Vital statistics of India. Vol. VI, European troops 1870-79
Year: 1870
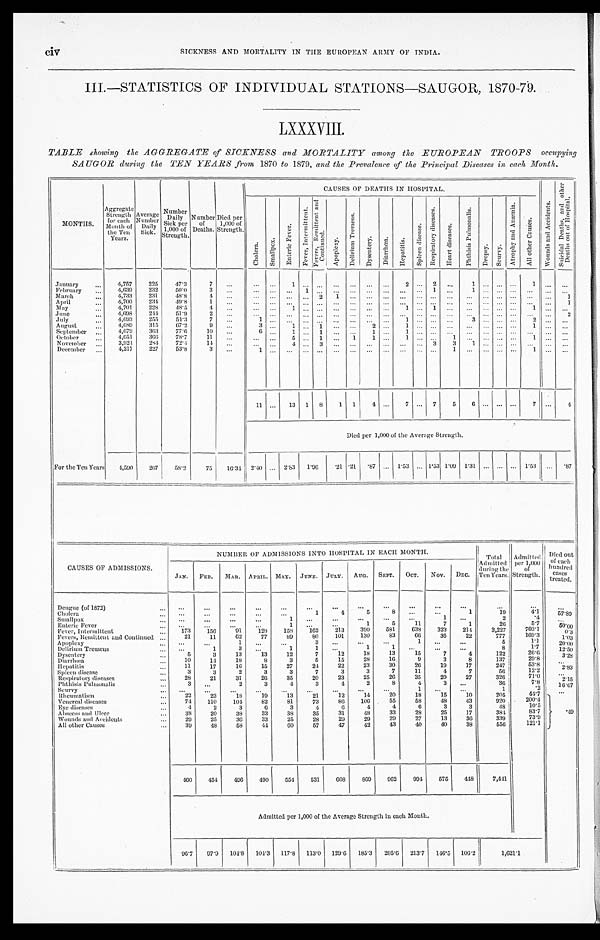
civ
SICKNESS AND MORTALITY IN THE EUROPEAN ARMY OF INDIA.
III.—STATISTICS OF INDIVIDUAL STATIONS—SAUGOR, 1870-79.
LXXXVIII.
TABLE showing the AGGREGATE of SICKNESS and MORTALITY among the EUROPEAN TROOPS occupying
SAUGOR during the TEN YEARS from 1870 to 1879, and the Prevalence of the Principal Diseases in each Month.
MONTHS.
Aggregate Strength for each
Month of
the Ten
Years.
Average Number Daily
Sick.
Number Daily
Sick per
1 0 0 0 o f S t r e n g t h .
Number of
Deaths.
Died per
1,000 of
Strength.
CAUSES OF DEATHS IN HOSPITAL.
W o u n d s a n d A c c i d e n t s .
S u i c i d a l D e a t h s , a n d o t h e r D e a t h s o u t o f H o s p i t a l .
C h o l e r a .
S m a l l p o x .
E n t e r i c F e v e r .
F e v e r , I n t e r m i t t e n t .
F e v e r s , R e m i t t e n t a n d C o n t i n u e d .
A p o p l e x y .
D e l i r i u m T r e m e n s .
D y s e n t e r y . D i a r r h œ a .
H e p a t i t i s .
S p l e e n d i s e a s e .
R e s p i r a t o r y d i s e a s e s .
H e a r t d i s e a s e s .
P h t h i s i s P u l m o n a l i s .
D r o p s y .
S c u r v y .
A t r o p h y a n d A n æ m i a .
A l l o t h e r C a u s e s .
January
4,757 225 47.3
7
1
2 2
1
1
February
4,639 232 50.0
3
1
1
1
March 4,733 231 48.8
4
2
1
1
April
4,700 234 49.8
1
1
M a y
4,701 228 48.5
4
1
1 1
1
June
4,698 244 51.9
2
2
July
4,693 255 54.3
7
1
3
2
August
4,689 315 67.2
9
3
1
1
2
1
1
September
4,679 363 77.6 10
6
1
1
1
1
October
4,651 366 78.7
11
5
1
1 1
1
1
1
November
3,924 284 72.4 14
4
3
3
3 1
December
4,217 227 53.8
3
1
1
1
11
13 1 8 1 1 4
7
7 5 6
7
4
Died per 1,000 of the Average Strength.
For the Ten Years 4,590 267 58.2 75 16.34 2.40
2.83 1.96
. 21 .21 . 87
1.53
1.53 1.09 1.31
1.53
.87
CAUSES OF ADMISSIONS.
N U M B E R O F A D M I S S I O N S I N T O H O S P I T A L I N E A C H M O N T H .
T o t a l A d mi t t e d d u r i n g t h e
T e n Y e a r s .
Admit
ted per 1,000
of
Strength.
Died out
of each
hundred
cases treated.
JAN. FEB. MAR. APRIL. MAY. JUNE. JULY. AUG. SEPT. OCT. NOV. DEC.
Dengue (of 1872)
C h o l e r a
1
4
5
8
1
19
4 . 1 57. 89
Smallpox
1
1
2
. 4
Enteric Fever
1
1
5
1 1 7
1
2 6
5 . 7
5 0 . 0 0
Fever, Intermittent
173 156
91
1 2 8 158
1 6 2
2 1 3
3 9 0 5 8 1
638
3 2 3
2 1 4
3 , 2 2 7 703.1
0. 3
Fevers, Remittent and Continued
21
11 62
77
89
80 101 130
8 3
6 6 35
22
7 7 7
169. 3
1. 03
Apoplexy
1
3
1
5
l.1 20. 00
Delirium Tremens
1
3
1
1
1
1
8
1 . 7
1 2 . 5 0
Dysentery
5
3
13
13
12
7
12
18
1 3
1 5
7
4 122
26.6
3 . 2 8
Diarrhœa
10
14
18
8
3
5
15
2 8
1 6
9
3
8
1 3 7
2 9 . 8
Hepatitis
11
17
16 15
27
24
2 2
2 3
3 0
2 6
1 9
1 7
2 4 7
5 3 . 8
2. 83
Spleen disease
3
3
2
3
3
7
3
3
7
1 1
4
7
5 6
1 2 . 2
Respiratory diseases
2 8 21
31
26 35
20
23
25
2 6
3 5
2 9
2 7 326
7 1 . 0
2. 15
Phthisis Pulmonalis
3
2
3
4
3
4
2
8
4
3
3 6
7 . 8
1 6 . 6 7
Scurvy
1
1
. 2
Rheumatism
22
23
18
19
13
21
12
14
2 0
18
1 5
1 0
2 0 5
4 4 . 7
.49
Venereal diseases
74 110 104 82
81
73
86 106
5 5
5 8
4 8
4 3
9 2 0
2 0 0 . 4
Eye diseases
4
2
3
6
3
4
6
4
4
6
3
3
4 8
1 0 . 5
Abscess and Ulcer
38
20
38
33
38
35
31
48
33
28
25
17
384
83.7
Wounds and Accidents
29
25
36 33
25
28
29
29
29
27
13
36
3 3 9
7 3 . 9
All other Causes
39
48
58
4 4 60
57
47
42
43
40
40
38
556
1 2 1 . 1
460 454 496 490 554 531
6 0 8 869 962 994 575 448
7,441
Admitted per 1,000 of the Average Strength in each Month.
96.7 97.9 104.8 104.3 117.8 113.0 129.6 185.3 205.6 213.7 146.5 106.2
1,621.1